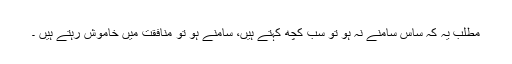
مطلب یہ کہ ساس سامنے نہ ہو تو سب کچھ کہتے ہیں، سامنے ہو تو منافقت میں خاموش رہتے ہیں ۔